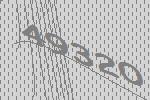
49320